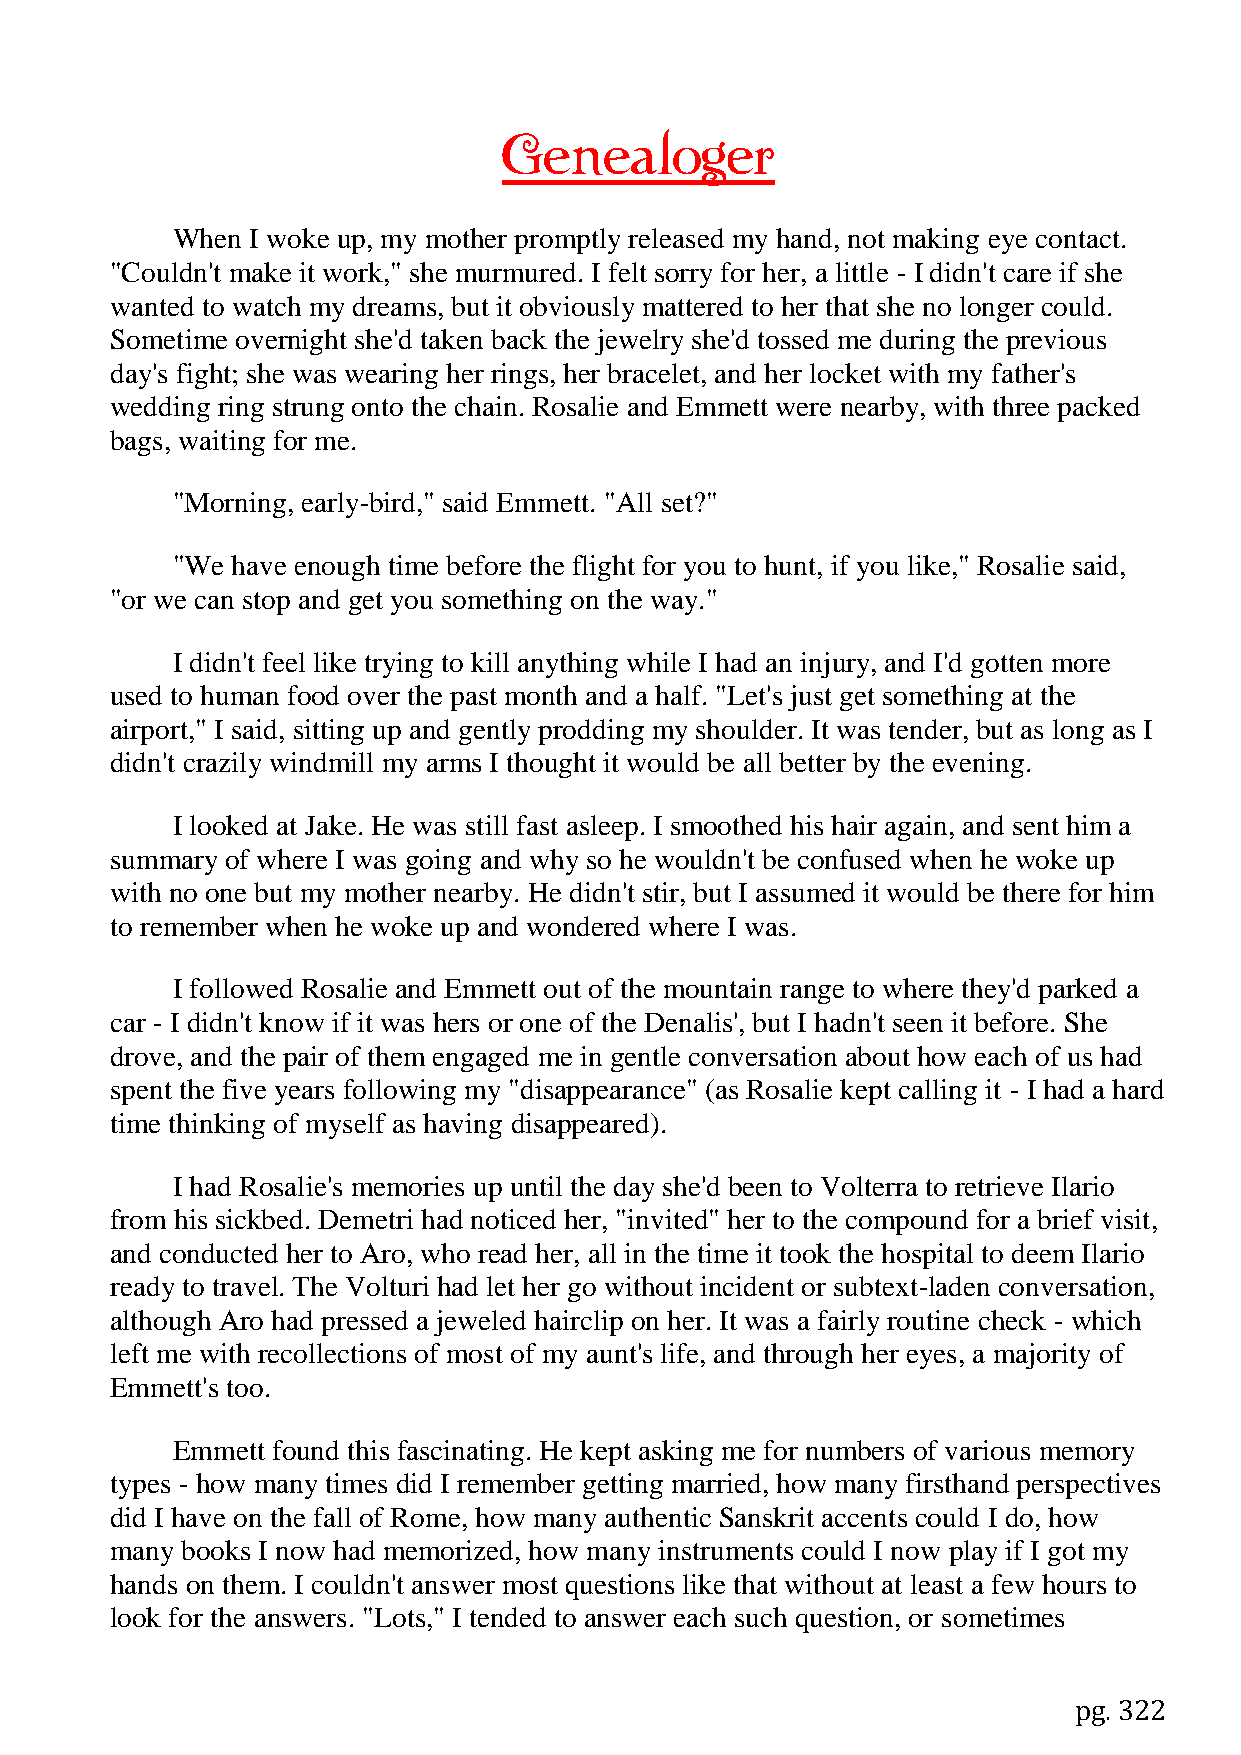
Genealoger
 When  I woke up, my mother promptly released my hand, not making eye contact.
 "Couldn't make it work," she murmured. I felt sorry for her, a little - I didn't care if she
 wanted to watch my dreams, but it obviously mattered to her that she no longer could.
 Sometime overnight she'd taken back the jewelry she'd tossed me during the previous
 day's fight; she was wearing her rings, her bracelet, and her locket with my father's
 wedding ring strung onto the chain. Rosalie and Emmett were nearby, with three packed
 bags, waiting for me.
 "Morning, early-bird," said Emmett. "All set?"
 "We have enough time before the flight for you to hunt, if you like," Rosalie said,
 "or we can stop and get you something on the way."
 I didn't feel like trying to kill anything while I had an injury, and I'd gotten more
 used to human food over the past month and a half. "Let's just get something at the
 airport," I said, sitting up and gently prodding my shoulder. It was tender, but as long as I
 didn't crazily windmill my arms I thought it would be all better by the evening.
 I looked at Jake. He was still fast asleep. I smoothed his hair again, and sent him a
 summary of where I was going and why so he wouldn't be confused when he woke up
 with no one but my mother nearby. He didn't stir, but I assumed it would be there for him
 to remember when he woke up and wondered where I was.
 I followed Rosalie and Emmett out of the mountain range to where they'd parked a
 car - I didn't know if it was hers or one of the Denalis', but I hadn't seen it before. She
 drove, and the pair of them engaged me in gentle conversation about how each of us had
 spent the five years following my "disappearance" (as Rosalie kept calling it - I had a hard
 time thinking of myself as having disappeared).
 I had Rosalie's memories up until the day she'd been to Volterra to retrieve Ilario
 from his sickbed. Demetri had noticed her, "invited" her to the compound for a brief visit,
 and conducted her to Aro, who read her, all in the time it took the hospital to deem Ilario
 ready to travel. The Volturi had let her go without incident or subtext-laden conversation,
 although Aro had pressed a jeweled hairclip on her. It was a fairly routine check - which
 left me with recollections of most of my aunt's life, and through her eyes, a majority of
 Emmett's too.
 Emmett found this fascinating. He kept asking me for numbers of various memory
 types - how many times did I remember getting married, how many firsthand perspectives
 did I have on the fall of Rome, how many authentic Sanskrit accents could I do, how
 many books I now had memorized, how many instruments could I now play if I got my
 hands on them. I couldn't answer most questions like that without at least a few hours to
 look for the answers. "Lots," I tended to answer each such question, or sometimes
 pg. 322